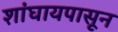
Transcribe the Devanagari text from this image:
शांघायपासून